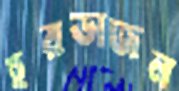
হরভাজন